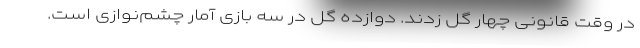
در وقت قانونی چهار گل زدند. دوازده گل در سه بازی آمار چشم‌نوازی است.